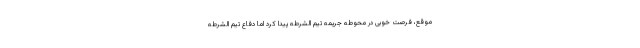
موقع، فرصت خوبی در محوطه جریمه تیم الشرطه پیدا کرد اما دفاع تیم الشرطه